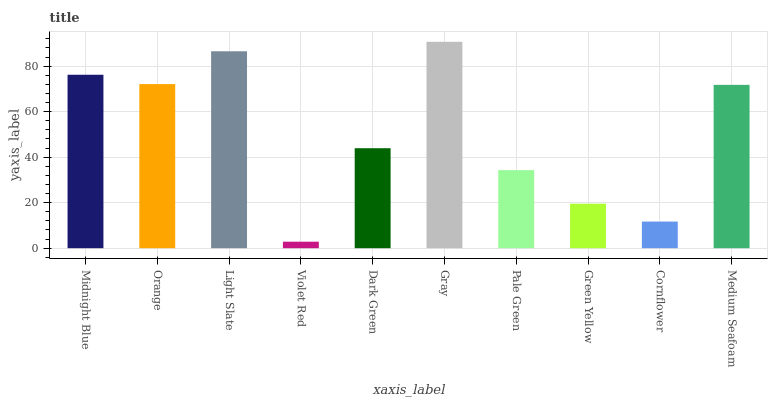
| xaxis_label | bars |
 | --- | --- |
 | Midnight Blue | 76.2 |
 | Orange | 72.1 |
 | Light Slate | 86.5 |
 | Violet Red | 2.86 |
 | Dark Green | 43.9 |
 | Gray | 90.7 |
 | Pale Green | 34.3 |
 | Green Yellow | 19.6 |
 | Cornflower | 11.7 |
 | Medium Seafoam | 71.8 |